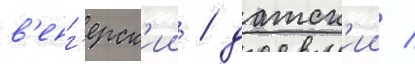
в'енг'ерск'ии / датск'ии /